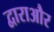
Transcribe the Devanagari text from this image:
द्वाराऔर